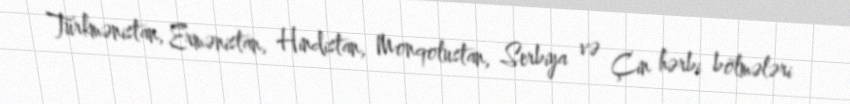
Türkmənistan, Ermənistan, Hindistan, Monqolustan, Serbiya və Çin hərbi bölmələri